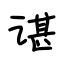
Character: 谌